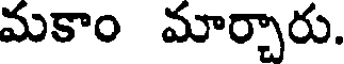
మకాం మార్చారు.